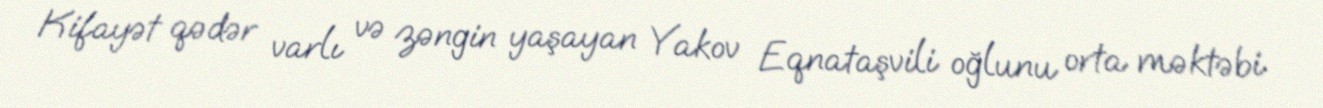
Kifayət qədər varlı və zəngin yaşayan Yakov Eqnataşvili oğlunu orta məktəbi